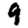
Digit: 9